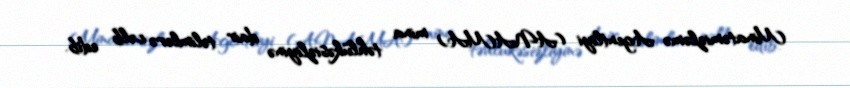
Minatəmizləmə Agentliyi (ANAMA) mina təhlükəsizliyinə dair təlimlərə cəlb edib.